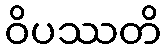
ဝိပဿတိ